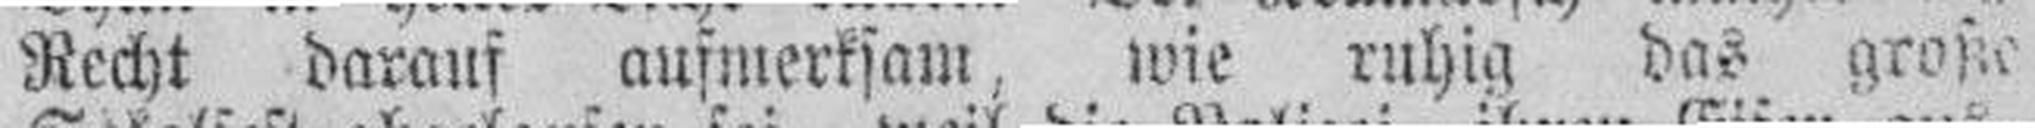
Recht, darauf aufmerksam, wie ruhig das groste